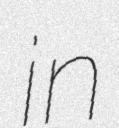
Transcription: in